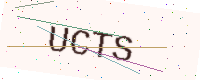
Text: UCTS